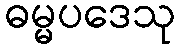
ဓမ္မပဒေသု